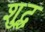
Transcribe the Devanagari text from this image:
शु्द्ध